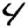
Digit: 4